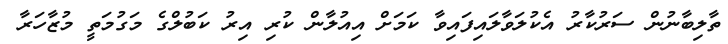
ތާލިބާނުން ސަރުކާރު އެކުލަވާލައިފައިވާ ކަމަށް އިއުލާން ކުރި އިރު ކަބުލްގެ މަގުމަތީ މުޒާހަރާ